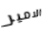
الامير